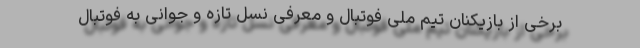
برخی از بازیکنان تیم ملی فوتبال و معرفی نسل تازه و جوانی به فوتبال